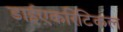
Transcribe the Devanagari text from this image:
डाईएकरिटिकल